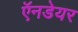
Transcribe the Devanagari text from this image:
ऍनडेयर